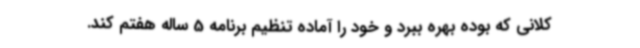
کلانی که بوده بهره ببرد و خود را آماده تنظیم برنامه 5 ساله هفتم کند.